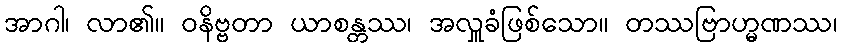
အာဂါ၊ လာ၏။ ဝနိဗ္ဗတာ ယာစန္တဿ၊ အလှူခံဖြစ်သော။ တဿဗြာဟ္မဏဿ၊